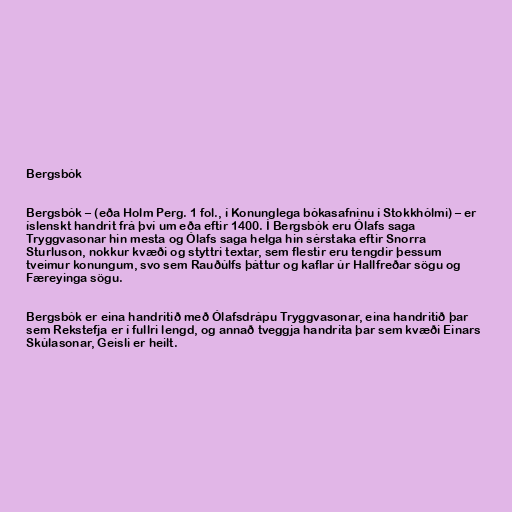
Bergsbók

Bergsbók – (eða Holm Perg. 1 fol., í Konunglega bókasafninu í Stokkhólmi) – er
íslenskt handrit frá því um eða eftir 1400. Í Bergsbók eru Ólafs saga
Tryggvasonar hin mesta og Ólafs saga helga hin sérstaka eftir Snorra
Sturluson, nokkur kvæði og styttri textar, sem flestir eru tengdir þessum
tveimur konungum, svo sem Rauðúlfs þáttur og kaflar úr Hallfreðar sögu og
Færeyinga sögu.

Bergsbók er eina handritið með Ólafsdrápu Tryggvasonar, eina handritið þar
sem Rekstefja er í fullri lengd, og annað tveggja handrita þar sem kvæði Einars
Skúlasonar, Geisli er heilt.